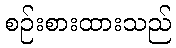
စဉ်းစားထားသည်